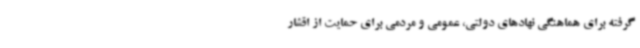
گرفته برای هماهنگی نهادهای دولتی، عمومی و مردمی برای حمایت از اقشار